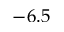
- 6 . 5